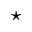
\star